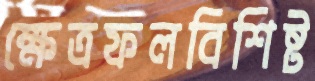
ক্ষেত্রফলবিশিষ্ট